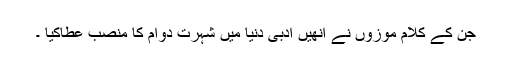
جن کے کلام موزوں نے انھیں ادبی دنیا میں شہرتِ دوام کا منصب عطاکیا ۔